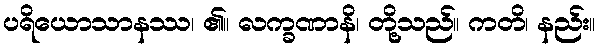
ပရိယောသာနဿ၊ ၏။ လက္ခဏာနိ၊ တို့သည်။ ကတိ၊ နည်း။